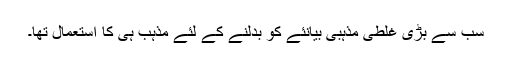
سب سے بڑی غلطی مذہبی بیانئے کو بدلنے کے لئے مذہب ہی کا استعمال تھا۔